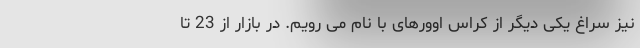
نیز سراغ یکی دیگر از کراس اوورهای با نام می رویم. در بازار از 23 تا